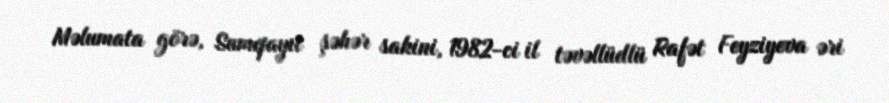
Məlumata görə, Sumqayıt şəhər sakini, 1982-ci il təvəllüdlü Rafət Feyziyeva əri